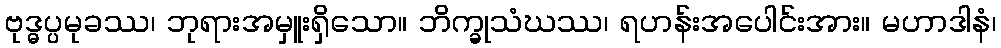
ဗုဒ္ဓပ္ပမုခဿ၊ ဘုရားအမှူးရှိသော။ ဘိက္ခုသံဃဿ၊ ရဟန်းအပေါင်းအား။ မဟာဒါနံ၊